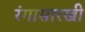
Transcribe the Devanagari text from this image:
रंगासारखी